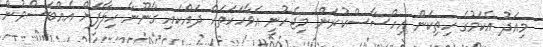
މިއަދު އެކަމުގެ ހިތިކަން އިހްސާސްކުރަން މިޖެހުނީ އެވާހަކަތައް ދައްކައި ގާނޫނާ ހިލާފަށް އެއްބަސްވުން